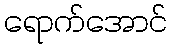
ရောက်အောင်